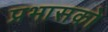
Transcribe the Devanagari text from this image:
प्रभासको